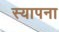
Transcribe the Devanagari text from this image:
स्यापना